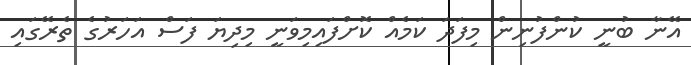
އޭނާ ބުނީ ކުންފުނިން މިފަދަ ކަމެއް ކޮށްފައިމިވަނީ މިދިޔަ ފަސް އަހަރުގެ ތެރޭގައި